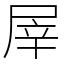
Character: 屖